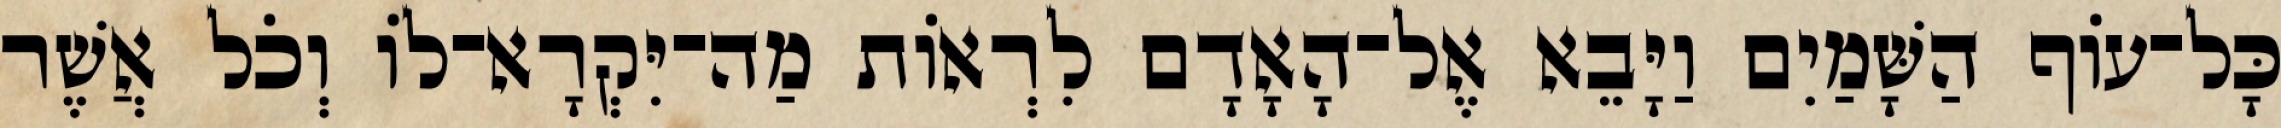
כָּל־עֹוף הַשָּׁמַיִם וַיָּבֵא אֶל־הָאָדָם לִרְאֹות מַה־יִּקְרָא־לֹו וְכֹל אֲשֶׁר